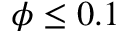
\phi \le 0 . 1